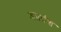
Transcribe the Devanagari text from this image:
अप्रब्रंश